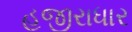
હજીરાધાર